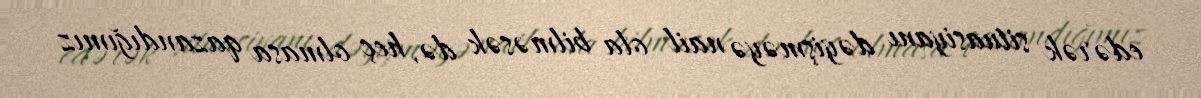
edərək situasiyanı dəyişməyə nail ola bilməsək də, heç olmasa qazandığımız